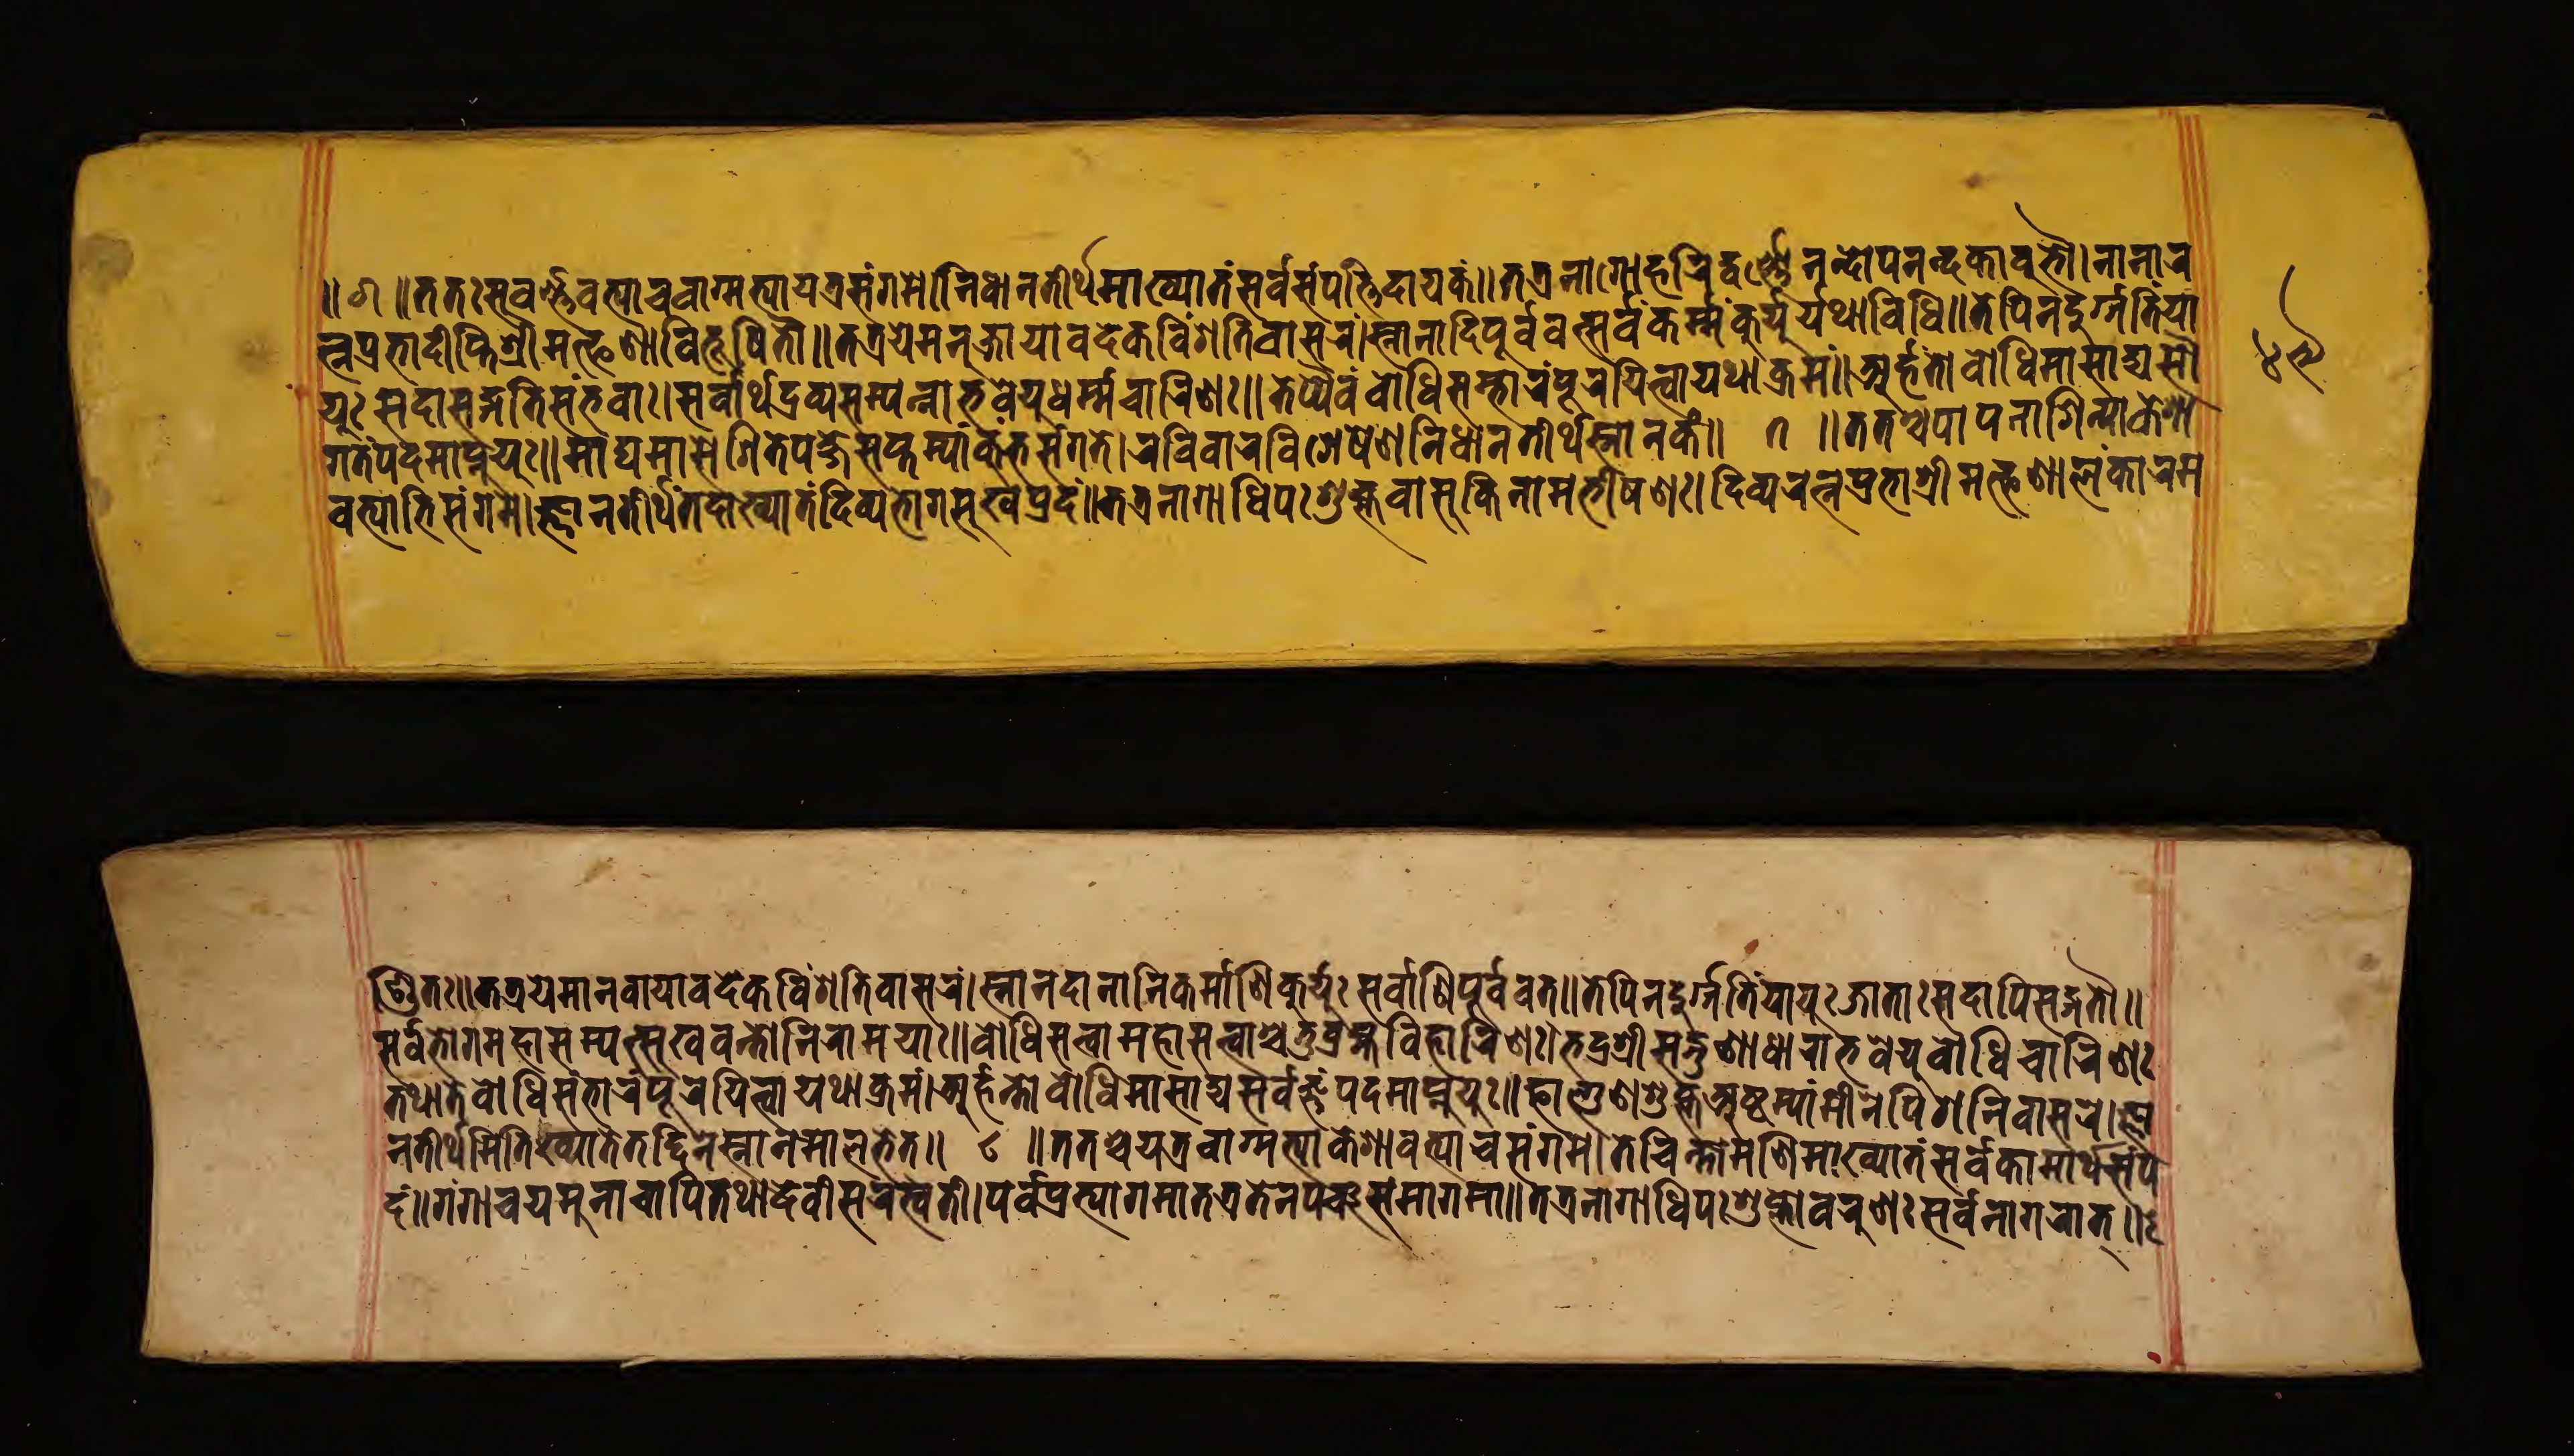
॥ 𑑖 ॥𑐟𑐟𑑅𑐳𑐸𑐰𑐬𑑂𑐞𑑂𑐞𑐰𑐟𑑂𑐫𑐵𑐔𑐧𑐵𑐐𑐩𑐟𑑂𑐫𑐵𑐫𑐟𑑂𑐬𑐳𑑄𑐐𑐩𑐾।𑐣𑐶𑐢𑐵𑐣𑐟𑐷𑐬𑑂𑐠𑐩𑐵𑐏𑑂𑐫𑐵𑐟𑑄𑐳𑐬𑑂𑐰𑐳𑐩𑑂𑐥𑐟𑐶𑐡𑐵𑐫𑐎𑑄॥𑐟𑐟𑑂𑐬𑐣𑐵𑐐𑑁𑐴𑐬𑐶𑐟𑐰𑐬𑑂𑐞𑑁𑐣𑐣𑑂𑐡𑑁𑐥𑐣𑐣𑑂𑐡𑐣𑐵𑐰𑐸𑐨𑑁।𑐣𑐵𑐣𑐵𑐬 𑐟𑑂𑐣𑐥𑑂𑐬𑐨𑐵𑐡𑑂𑐡𑐷𑐥𑑂𑐟𑐶𑑅𑐱𑑂𑐬𑐷𑐩𑐟𑑂𑐦𑐞𑐵𑐰𑐶𑐨𑐹𑐲𑐶𑐟𑑁॥𑐟𑐟𑑂𑐬𑐫𑐾𑐩𑐣𑐸𑐖𑐵𑐫𑐵𑐰𑐡𑐾𑐎𑐰𑐶𑑄𑐱𑐟𑐶𑐰𑐵𑐳𑐬𑑄।𑐳𑑂𑐣𑐵𑐣𑐵𑐡𑐶𑐥𑐹𑐬𑑂𑐰𑐰𑐟𑑂𑐳𑐬𑑂𑐰𑐎𑐬𑑂𑐩𑑂𑐩𑑄𑐎𑐸𑐬𑑂𑐫𑐸𑐬𑑂𑐫𑐠𑐵𑐰𑐶𑐢𑐶𑑅॥𑐟𑐾𑐥𑐶𑐣𑐡𑐸𑐬𑑂𑐐𑑂𑐐𑐟𑐶𑑄𑐫𑐵 𑐫𑐸𑑅𑐳𑐡𑐵𑐳𑐒𑑂𑐐𑐟𑐶𑐳𑑄𑐨𑐰𑐵𑑅।𑐳𑐬𑑂𑐰𑐵𑐬𑑂𑐠𑐡𑑂𑐬𑐰𑑂𑐫𑐳𑐩𑑂𑐥𑐣𑑂𑐣𑐵𑐨𑐰𑐾𑐫𑐸𑐢𑐬𑑂𑐩𑑂𑐩𑐔𑐵𑐬𑐶𑐞𑑅॥𑐟𑐾𑐥𑑂𑐫𑐿𑐰𑑄𑐧𑑀𑐢𑐶𑐳𑑄𑐨𑐵𑐬𑑄𑐥𑐹𑐬𑐫𑐶𑐟𑑂𑐰𑐵𑐫𑐠𑐵𑐎𑑂𑐬𑐩𑑄॥𑐀𑐬𑑂𑐴𑐣𑑂𑐟𑑀𑐧𑑀𑐢𑐶𑐩𑐵𑐳𑐵𑐡𑑂𑐫𑐳𑑁 𑐐𑐟𑑄𑐥𑐡𑐩𑐵𑐥𑑂𑐣𑐸𑐫𑐸𑑅॥𑐩𑐵𑐑𑐩𑐵𑐳𑐾𑐐𑐶𑐟𑐾𑐥𑐖𑑂𑐖𑐾𑐳𑐥𑑂𑐟𑐩𑑂𑐫𑐵𑑄𑐎𑑄𑐨𑐳𑑄𑐐𑐟𑐾।𑐬𑐰𑐶𑐰𑐵𑐬𑐰𑐶𑐐𑐾𑐲𑐞𑐣𑐶𑐢𑐵𑐣𑐟𑐷𑐬𑑂𑐠𑐳𑑂𑐣𑐵𑐣𑐎𑑄॥ 𑑗 ॥𑐟𑐟𑐱𑑂𑐔𑐥𑐵𑐥𑐣𑐵𑐱𑐶𑐣𑑂𑐫𑐵𑐎𑐾𑐱 𑐰𑐟𑑂𑐫𑐵𑐨𑐶𑐳𑑄𑐐𑐩𑐾।𑐖𑑂𑐘𑐵𑐣𑐟𑐷𑐬𑑂𑐠𑑄𑐟𑐡𑐵𑐏𑑂𑐫𑐵𑐟𑑄𑐡𑐶𑐰𑑂𑐫𑐨𑑀𑐐𑐳𑐸𑐏𑐥𑑂𑐬𑐡𑑄॥𑐟𑐟𑑂𑐬𑐣𑐵𑐐𑐵𑐢𑐶𑐥𑑅𑐱𑐸𑐎𑑂𑐮𑐰𑐵𑐱𑐸𑐎𑐶𑐬𑑂𑐣𑐵𑐩𑐨𑐷𑐲𑐞𑑅।𑐡𑐶𑐰𑑂𑐫𑐬𑐟𑑂𑐣𑐥𑑂𑐬𑐨𑐵𑐱𑑂𑐬𑐷𑐩𑐟𑑂𑐦𑐞𑐵𑐮𑐩𑐎𑐵𑐬𑐩 𑐞𑑂𑐜𑐶𑐟𑑅॥𑐟𑐟𑑂𑐬𑐫𑐾𑐩𑐵𑐣𑐰𑐵𑐫𑐵𑐰𑐡𑐾𑐎𑐰𑐶𑑄𑐱𑐟𑐶𑐰𑐵𑐳𑐬𑑄।𑐳𑑂𑐣𑐵𑐣𑐡𑐵𑐣𑐵𑐡𑐶𑐎𑐬𑑂𑐩𑑂𑐩𑐵𑐞𑐶𑐎𑐸𑐬𑑂𑐫𑐸𑑅𑐳𑐬𑑂𑐰𑐵𑐞𑐶𑐥𑐸𑐬𑑂𑐰𑐰𑐟𑑂॥𑐟𑐾𑐥𑐶𑐣𑐡𑐸𑐬𑑂𑐐𑑂𑐐𑐟𑐶𑐫𑐵𑐫𑐸𑐬𑑂𑐖𑐵𑐟𑐵𑑅𑐳𑐡𑐵𑐥𑐶𑐳𑐒𑑂𑐐𑐟𑑁॥ 𑐳𑐬𑑂𑐰𑐨𑑀𑐐𑐩𑐴𑐵𑐳𑐩𑑂𑐥𑐟𑑂𑐳𑐸𑐏𑐰𑐣𑑂𑐟𑑀𑐣𑐶𑐬𑐵𑐩𑐫𑐵𑑅॥𑐧𑑀𑐢𑐶𑐳𑐟𑑂𑐟𑑂𑐰𑐵𑐩𑐴𑐳𑐟𑑂𑐟𑑂𑐰𑐵𑐱𑑂𑐔𑐟𑐸𑐬𑑂𑐧𑑂𑐬𑐴𑑂𑐩𑐰𑐶𑐴𑐵𑐬𑐶𑐞𑑅।𑐨𑐡𑑂𑐬𑐱𑑂𑐬𑐷𑐳𑐡𑑂𑐐𑐸𑐞𑐵𑐢𑐵𑐬𑐵𑐨𑐰𑐾𑐫𑐸𑐧𑑀𑐢𑐶𑐔𑐵𑐬𑐶𑐞𑑅 𑐟𑐠𑐵𑐟𑐾𑐧𑑀𑐢𑐶𑐳𑑄𑐨𑐵𑐬𑑄𑐥𑐹𑐬𑐫𑐶𑐟𑑂𑐰𑐵𑐫𑐠𑐵𑐎𑑂𑐬𑐩𑑄।𑐀𑐬𑑂𑐴𑐣𑑂𑐟𑑀𑐧𑑀𑐢𑐶𑐩𑐵𑐳𑐵𑐡𑑂𑐫𑐳𑐬𑑂𑐰𑐖𑑂𑐘𑐥𑐡𑑂𑐩𑐵𑐥𑑂𑐣𑐸𑐫𑐸𑑅॥𑐨𑐡𑑂𑐱𑑂𑐬𑐷𑐳𑐡𑑂𑐐𑐸𑐥𑑂𑐟𑐀𑐲𑑂𑐚𑐩𑑂𑐫𑐵𑑄𑐩𑐷𑐬𑐾𑐥𑐶𑐐𑐾𑐣𑐶𑐰𑐵𑐳𑐬।𑐨𑑂𑐫 𑐣𑐟𑐷𑐬𑑂𑐠𑐩𑐶𑐟𑐶𑐏𑑂𑐫𑐵𑐟𑐾𑐟𑐡𑑂𑐡𑐶𑐣𑐾𑐳𑑂𑐣𑐵𑐣𑐩𑐵𑐮𑐟𑐾𑐟𑑂॥ 𑑘 ॥𑐟𑐟𑐱𑑂𑐔𑐫𑐟𑑂𑐬𑐰𑐵𑐐𑑂𑐩𑐟𑑂𑐫𑐵𑑅𑐎𑐾𑐱𑐵𑐰𑐟𑑂𑐫𑐵𑐔𑐳𑑄𑐐𑐩𑐾।𑐟𑐔𑑂𑐔𑐶𑐣𑑂𑐟𑐵𑐩𑐞𑐶𑐩𑐵𑐏𑑂𑐫𑐵𑐟𑑄𑐳𑐬𑑂𑐰𑐎𑐵𑐩𑐵𑐬𑑂𑐠𑐳𑑄𑐥 𑐡𑐩𑑂॥𑐐𑑄𑐐𑐵𑐔𑐫𑐩𑐸𑐣𑐵𑐔𑐵𑐥𑐶𑐟𑐠𑐵𑐡𑐾𑐰𑐷𑐳𑐬𑐳𑑂𑐰𑐟𑐷।𑐥𑐬𑑂𑐰𑐥𑑂𑐬𑐟𑑂𑐫𑐵𑐐𑐟𑐵𑐟𑐟𑑂𑐬𑐟𑐾𑐣𑐥𑐘𑑂𑐔𑐳𑐩𑐵𑐐𑐩𑐵॥𑐟𑐟𑑂𑐬𑐣𑐵𑐐𑐵𑐢𑐶𑐥𑑅𑐱𑐸𑐎𑑂𑐮𑑀𑐰𑐬𑐸𑐞𑐵𑐳𑐬𑑂𑐰𑐣𑐵𑐐𑐬𑐵𑐟𑑂॥ 𑑔𑑙